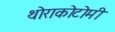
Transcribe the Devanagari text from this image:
थोराकोटोमी